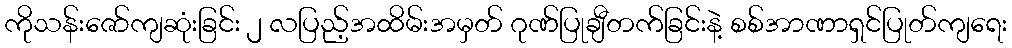
ကိုသန်းဇော်ကျဆုံးခြင်း ၂ လပြည့်အထိမ်းအမှတ် ဂုဏ်ပြုချီတက်ခြင်းနဲ့ စစ်အာဏာရှင်ပြုတ်ကျရေး